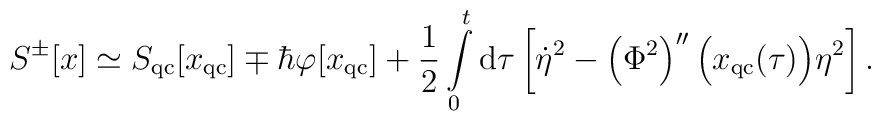
S^{\pm}[x]\simeq S_{\rm qc}[x_{\rm qc}]\mp\hbar\varphi [x_{\rm qc}]+\frac{1}{2}\int\limits_{0}^{t}{\rm d}\tau\left[\dot{\eta }^{2}-\left(\Phi ^{2}\right)''\Bigl(x_{\rm qc}(\tau )\Bigr)\eta ^{2}\right].